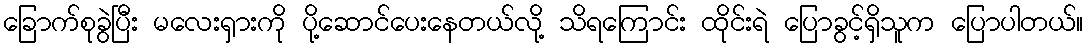
ခြောက်စုခွဲပြီး မလေးရှားကို ပို့ဆောင်ပေးနေတယ်လို့ သိရကြောင်း ထိုင်းရဲ ပြောခွင့်ရှိသူက ပြောပါတယ်။